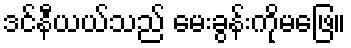
ဒင်နီယယ်သည် မေးခွန်းကိုမဖြေ။